Vaccination in the Punjab 1919-1929 - 1919-1929
Year: 1919
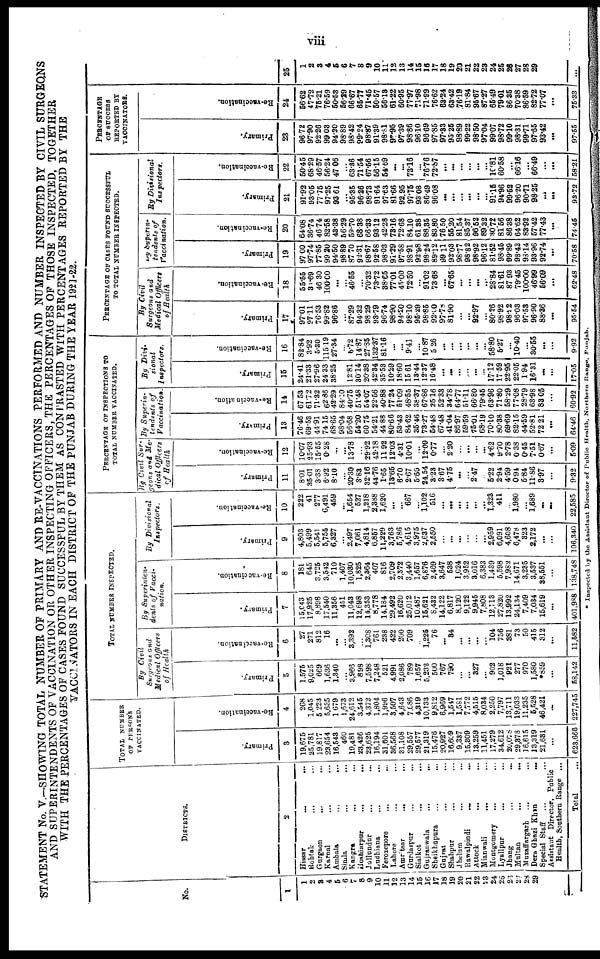
viii
STATEMENT No V.—SHOWING TOTAL NUMBER OF PRIMARY AND RE-VACCINATIONS PERFORMED AND NUMBER INSPECTED BY CIVIL SURGEONS
AND SUPERINTENDENTS OF VACCINATION OR OTHER INSPECTING OFFICERS, THE PERCENTAGES OF THOSE INSPECTED, TOGETHER
WITH THE PERCENTAGES OF CASES FOUND SUCCESSFUL BY THEM AS CONTRASTED WITH PERCENTAGES REPORTED BY THE
VACCINATORS IN EACH DISTRICT OF THE PUNJAB DURING THE YEAR 1921-22.
No.
1
1
2
3
4
5
6
7
8
9
10
11
12
13
14
15
16
17
18
19
20
21
22
23
24
25
26
27
28
29
DISTRICTS.
2
Hissar
...
...
Rohtak
...
...
Gurgaon
...
...
Karnal
...
...
Ambala
...
...
Simla
...
...
Kangra ... ...
Hoshiarpur
...
...
Jullundur ... ...
Ludhiana ... ...
Ferozepore ... ...
Lahore ... ...
Amritsar ... ...
Gurdaspur ... ...
Sialkot
...
...
Gujranwala
...
...
Sheikhupura
...
...
Gujrat ... ...
Shahpur ... ...
Jhelum
... ...
Rawalpindi
...
...
Attock ... ...
Mianwali
... ...
Montgomery ... ...
Lyallpur ... ...
Jhang ... ...
Multan
...
...
Muzaffargarh
... ...
Dera Ghazi Khan
...
Special Staff ...
Assistant Director, Public
Health, Southern Range ...
Total ...
TOTAL NUMBER
OF PERSONS
VACCINATED.
Primary.
3
19,675
25,781
19,817
23,654
16,543
460
19,481
23,426
23,625
16,194
31,601
36,568
31,108
29,557
29,577
21,319
15,476
20,927
16,609
9,337
15,309
13,259
11,451
17,279
34,612
20,078
29,378
16,615
13,319
21,631
...
623,666
Re-vaccination.
4
268
1,045
5,223
5,635
1,679
1,673
24,612
3,545
4,372
1,804
1,996
3,507
4,643
7,086
4,319
10,133
9,812
6,969
1,547
1,581
7,772
4,515
8,034
2,250
7,797
13,711
19,033
11,235
5,528
46,421
...
227,745
TOTAL NUMBER INSPECTED.
By Civil
Surgeons and
Medical Officers
of Health
Primary.
5
1,575
9,025
669
1,636
1,340
...
3,966
898
7,598
7,248
521
4,991
2,086
789
1,657
5,232
500
767
790
...
...
327
...
902
1,018
921
277
970
1,580
*859
...
58,142
Re-vaccination.
6
27
271
812
16
...
...
3,392
...
1,308
761
238
422
200
709
...
1,225
76
...
34
...
...
...
...
104
756
381
73
50
415
312
...
11,582
By Superinten¬
dents of Vacci¬
nation.
Primary.
7
15,043
17,925
8,898
17,540
11,356
451
11,043
12,698
14,353
8,778
14,184
29,492
16,620
25,012
10,487
15,621
8,432
14,122
6,817
8,120
9,122
9,945
7,808
12,113
27,820
13,992
24,134
7,409
7,034
15,619
...
401,988
Re-vaccination.
8
181
645
3,725
3,542
710
1,407
10,030
1,825
2,364
407
816
2,709
2,372
3,440
1,657
6,876
2,469
3,647
538
1,024
3,952
3,016
6,383
1,439
6,598
7,982
14,671
3,235
3,537
38,551
...
138,748
By Divisional
Inspectors.
Primary.
9
4,803
5,499
5,541
5,756
6,327
...
2,497
7,061
4,814
6,857
11,229
3,763
5,786
4,615
3,975
2,637
2,550
...
...
...
...
...
...
2,959
6,091
4,608
6,478
323
2,172
...
...
106,340
Re-vaccination.
10
222
41
277
6,491
459
...
1,654
527
1,218
2,388
1,620
...
...
667
...
1,102
516
...
...
...
...
...
...
1,323
411
...
1,980
...
1,689
...
...
22,585
PERCENTAGE OF INSPECTIONS TO
TOTAL NUMBER VACCINATED.
By Civil Sur¬
geons and Me-
dical Officers
of Health.
Primary.
11
8.01
35.01
3.38
6.92
8.10
...
20.30
3.83
32.16
44.76
1.65
13.65
6.70
2.67
5.60
24.54
3.23
3.67
4.75
...
...
2.47
...
5.22
2.94
4.59
0.94
5.84
11.86
3.97
...
9.32
Re-vaccination.
12
10.07
25.93
15.55
0.28
...
...
13.78
...
29.92
42.18
11.92
12.03
4.31
10.01
...
12.09
0.77
...
2.20
...
...
...
...
4.62
9.70
2.78
0.38
0.45
7.51
0.67
...
5.09
By Superin-
tendents of
Vaccination.
Primary.
13
76.46
69.53
44.91
74.15
68.65
98.04
56.68
54.20
60.75
54.21
44.88
80.66
53.43
84.62
35.46
73.27
54.48
67.48
41.04
86.97
59.59
75.01
68.19
70.10
80.38
69.69
82.15
44.59
52.81
72.21
...
64.46
Re-vaccination.
14
67.53
61.72
71.32
62.86
42.29
84.10
40.75
51.48
54.07
22.56
40.88
77.24
51.09
48.55
38.37
67.86
25.16
52.33
34.78
64.77
51.11
66.80
79.45
63.96
71.80
58.29
77.08
28.79
63.98
83.05
...
60.92
By Divi-
sional
Inspectors.
Primary.
15
24.41
21.33
27.96
24.33
38.25
...
12.81
30.14
20.38
42.34
35.53
10.29
18.60
15.61
13.44
12.37
16.48
...
...
...
...
...
...
17.12
17.59
22.95
22.05
1.94
16.31
...
...
17.05
Re-vaccination.
16
82.84
3.92
5.30
115.19
27.34
...
6.72
14.87
27.85
132.37
81.16
...
...
9.41
...
10.87
5.26
...
...
...
...
...
...
58.80
5.27
...
10.40
...
30.55
...
...
9.92
PERCENTAGE OF CASES FOUND SUCCESSFUL
TO TOTAL NUMBER INSPECTED.
By Civil
Surgeons and
Medical Officers
of Health
Primary.
17
97.01
97.11
76.53
99.82
96.86
...
87.29
94.32
98.29
93.79
96.74
98.90
94.20
98.10
95.29
98.85
92.00
97.78
81.90
...
...
92.97
...
80.26
98.92
98.92
96.03
97.58
96.90
88.36
...
95.54
Re-vaccination.
18
55.55
31.69
46.30
100.00
...
...
46.55
...
70.32
73.72
38.65
77.01
45.00
72.50
...
91.02
73.68
...
67.65
...
...
...
...
28.84
81.61
87.93
79.45
100.00
46.99
56.09
...
62.48
By Superin¬
tendents of
Vaccination.
Primary.
19
97.00
97.74
77.85
99.20
94.50
98.89
87.70
92.31
98.67
92.58
98.03
91.29
97.58
98.91
92.98
98.24
89.12
99.11
92.03
98.77
98.82
98.92
96.12
81.52
98.45
99.89
98.42
98.14
93.96
92.74
...
70.58
Re-vaccination.
20
64.08
36.74
46.74
82.58
43.38
56.29
59.70
68.38
66.33
93.12
42.28
73.16
72.68
84.10
61.38
88.35
83.80
76.50
55.20
81.54
85.37
96.52
89.32
30.72
81.56
86.38
64.62
83.92
57.42
77.43
...
74.45
By Divisional
Inspectors.
Primary.
21
91.92
93.05
77.75
97.25
93.61
...
95.35
96.26
98.73
91.64
97.63
81.66
92.95
97.75
93.08
86.49
96.08
...
...
...
...
...
...
91.15
94.96
99.52
96.20
90.71
98.25
...
...
93.72
Re-vaccination.
22
50.45
68.29
46.57
56.24
47.06
...
63.36
71.54
67.56
56.15
54.69
...
...
73.16
...
76.76
72.87
...
...
...
...
...
...
10.81
60.58
...
66.16
...
66.49
...
...
58.21
PERCENTAGE
OF SUCCESS
REPORTED BY
VACCINATORS.
Primary.
23
96.72
97.90
92.26
99.08
94.20
98.89
98.42
99.24
98.87
91.39
98.81
97.95
97.39
98.86
96.10
96.69
97.85
97.83
95.25
98.89
99.22
98.50
97.04
99.07
98.72
99.10
98.31
99.71
97.65
93.42
...
97.55
Re-vaccination.
24
56.62
47.72
75.21
76.59
50.53
56.29
66.67
65.77
71.45
50.57
56.18
61.22
60.95
77.97
71.98
71.99
76.62
63.24
63.42
76.19
81.84
95.67
87.27
65.49
79.01
86.35
70.38
86.59
82.72
77.07
...
75.33
25
1
2
3
4
5
6
7
8
9
10
11
12
13
14
15
16
17
18
19
20
21
22
23
24
25
26
27
28
29
...
...
...